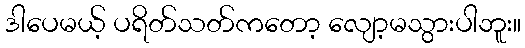
ဒါပေမယ့် ပရိတ်သတ်ကတော့ လျော့မသွားပါဘူး။